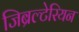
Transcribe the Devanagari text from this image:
जिब्रल्टेरियन